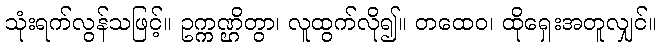
သုံးရက်လွန်သဖြင့်။ ဥက္ကဏ္ဌိတွာ၊ လူထွက်လို၍။ တထေဝ၊ ထိုရှေးအတူလျှင်။